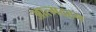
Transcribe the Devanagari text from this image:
आत्मदहन